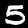
Label: 5